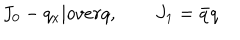
LaTeX: J _ { 0 } - { q _ { x } | o v e r q } , \qquad J _ { 1 } = \bar { q } q